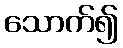
သောက်၍